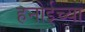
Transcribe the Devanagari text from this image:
हनोईच्या